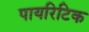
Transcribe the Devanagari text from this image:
पायरिटिक